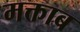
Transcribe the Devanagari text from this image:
मक्ताब